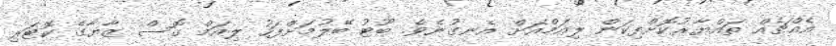
އެއްޗެއް ތައްޔާރުކޮށްފިކަން ލިއަމްއަށް އެނގުނެވެ. ބޫޓު ބޭލުމަށްފަހު ލިއަމް ގޮސް ޒާޔާގެ ކޮޓަރި